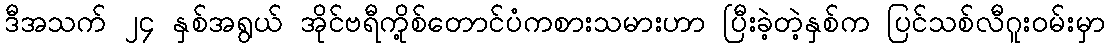
ဒီအသက် ၂၄ နှစ်အရွယ် အိုင်ဗရီကို့စ်တောင်ပံကစားသမားဟာ ပြီးခဲ့တဲ့နှစ်က ပြင်သစ်လီဂူးဝမ်းမှာ